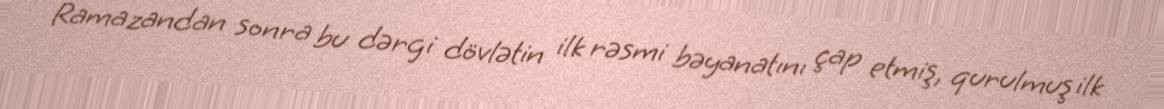
Ramazandan sonra bu dərgi dövlətin ilk rəsmi bəyanatını çap etmiş, qurulmuş ilk